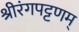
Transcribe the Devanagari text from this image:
श्रीरंगपट्टणम्